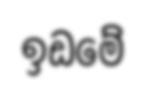
ඉඩමේ